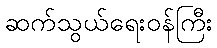
ဆက်သွယ်ရေးဝန်ကြီး